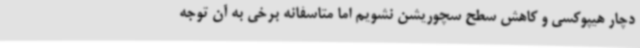
دچار هیپوکسی و کاهش سطح سچوریشن نشویم اما متاسفانه برخی به آن توجه